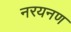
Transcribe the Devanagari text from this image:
नरयनण